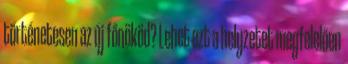
történetesen az új főnököd? Lehet ezt a helyzetet megfelelően